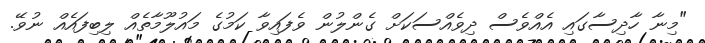
"މިނާ ހާދިސާގައި އެއްވެސް ދިވެއްސަކަށް ގެންލުން ވެފައިވާ ކަމުގެ މައުލޫމާތެއް ލިބިފައެއް ނުވޭ.